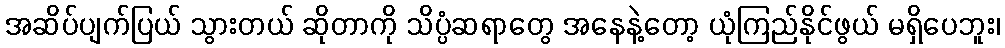
အဆိပ်ပျက်ပြယ် သွားတယ် ဆိုတာကို သိပ္ပံဆရာတွေ အနေနဲ့တော့ ယုံကြည်နိုင်ဖွယ် မရှိပေဘူး၊